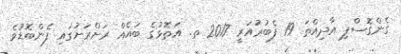
ގެންގޮސްފި އާދިއްތަ 19 ފެބުރުއަރީ 2017 ތ. އަތޮޅުގެ ބައެއް ރަށްރަށުގައި ފެންބޮޑުވެ